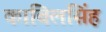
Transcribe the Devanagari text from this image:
काबिलसिंह